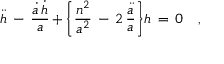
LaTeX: \ddot { h } \, - \, \frac { \dot { a } \, \dot { h } } { a } \, + \, \biggr \{ \frac { n ^ { 2 } } { a ^ { 2 } } \, - \, 2 \, \frac { \ddot { a } } { a } \biggl \} h \, = \, 0 \quad ,